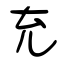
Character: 充